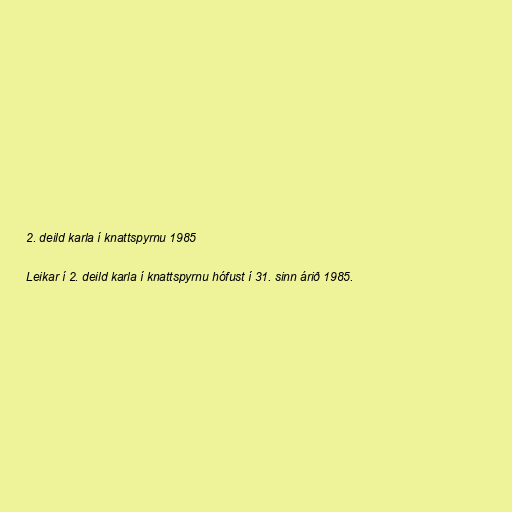
2. deild karla í knattspyrnu 1985

Leikar í 2. deild karla í knattspyrnu hófust í 31. sinn árið 1985.